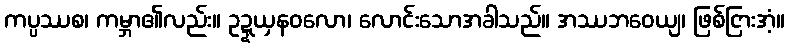
ကပ္ပဿစ၊ ကမ္ဘာ၏လည်း။ ဥဍ္ဍယှနဝလော၊ လောင်းသောအခါသည်။ အဿဘဝေယျ၊ ဖြစ်ငြားအံ့။